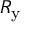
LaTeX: R _ { \mathrm { y } }